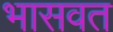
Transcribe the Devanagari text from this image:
भासवत